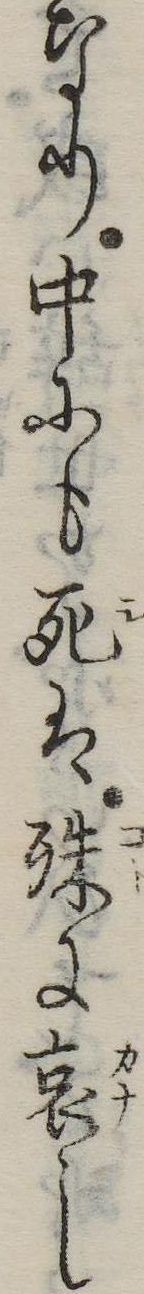
なり中にも死は殊に哀し